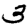
Digit: 3